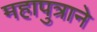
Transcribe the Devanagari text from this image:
महापुत्राने